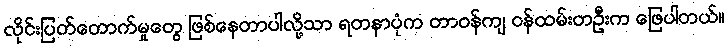
လိုင်းပြတ်တောက်မှုတွေ ဖြစ်နေတာပါလို့သာ ရတနာပုံက တာဝန်ကျ ဝန်ထမ်းတဦးက ဖြေပါတယ်။